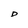
Character: D